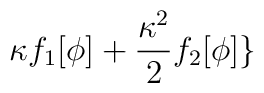
\kappa f_{1}[\phi ]+\frac{\kappa ^{2}}{2}f_{2}[\phi ]\}